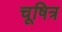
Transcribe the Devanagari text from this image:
चूषित्र